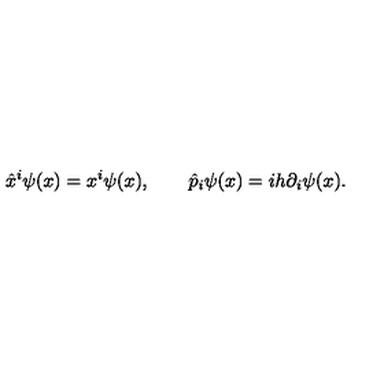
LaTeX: \hat { x } ^ { i } \psi ( x ) = x ^ { i } \psi ( x ) , \qquad \hat { p } _ { i } \psi ( x ) = i h \partial _ { i } \psi ( x ) .